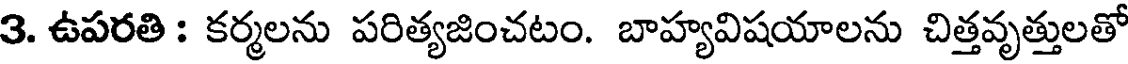
3. ఉపరతి : కర్మలను పరిత్యజించటం. బాహ్యవిషయాలను చిత్తవృత్తులతో